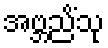
အဗ္ဘညိံသု